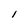
Character: 1